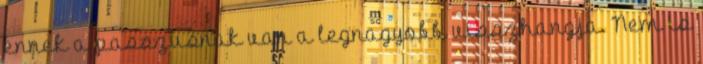
ennek a passzusnak van a legnagyobb visszhangja. Nem is